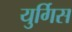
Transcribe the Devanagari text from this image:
युर्गिस